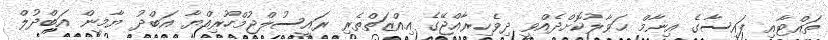
ތައްޓާއި ފައިސާގެ އިނާމް ޙަވާލުކޮށްދެއްވީ ދިވެހިރާއްޖޭގެ އިއްޒަތްތެރި ރައީސުލްޖުމްހޫރިއްޔާ އަބްދު ޔާމީން އަބްދުލް